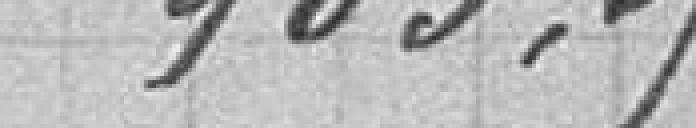
903,35